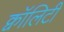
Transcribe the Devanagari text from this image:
क्वॉलिटी